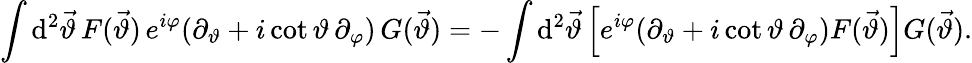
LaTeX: \int\mathrm{d}^{2}\vec{{\vartheta}}\, F(\vec{{\vartheta}})\, e^{i\varphi}(\partial_{\vartheta}+i\cot\vartheta\, \partial_{\varphi})\, G(\vec{{\vartheta}})=-\int\mathrm{d}^{2}\vec{{\vartheta}}\left[e^{i\varphi}(\partial_{\vartheta}+i\cot\vartheta\, \partial_{\varphi})F(\vec{{\vartheta}})\right]G(\vec{{\vartheta}}).